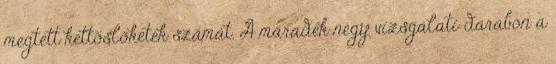
megtett kettõslöketek számát. A maradék négy vizsgálati darabon a